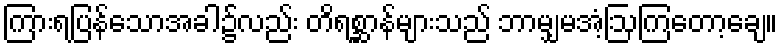
ကြားရပြန်သောအခါ၌လည်း တိရစ္ဆာန်များသည် ဘာမျှမအံ့ဩကြတော့ချေ။